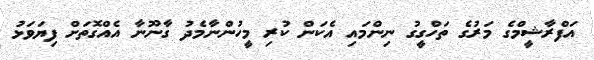
އަފްރާޝީމްގެ މަރުގެ ތަހްގީގު ނިންމައި އެކަން ކުރި މީހުންނާމެދު ގާނޫނާ އެއްގޮތަށް ފިޔަވަޅު